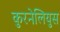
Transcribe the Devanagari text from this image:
कुरनेलियुस